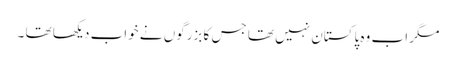
مگر اب وہ پاکستان نہیں تھا جس کا بزرگوں نے خواب دیکھا تھا ۔